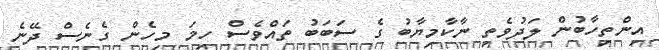
އިންތިހާބުން ލަދުވެތި ނާކާމިޔާބު ގެ ސަބަބު ތައްވެސް ހިމަ މިހެން ގެނެސް ދޭނެ